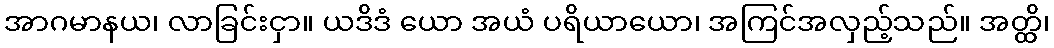
အာဂမာနယ၊ လာခြင်းငှာ။ ယဒိဒံ ယော အယံ ပရိယာယော၊ အကြင်အလှည့်သည်။ အတ္ထိ၊